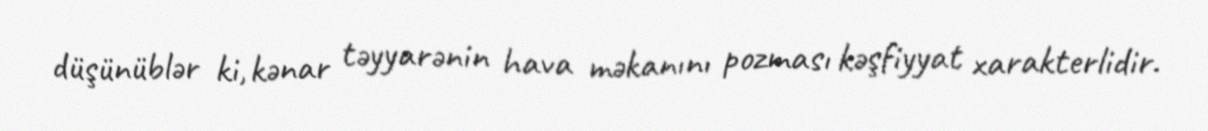
düşünüblər ki, kənar təyyarənin hava məkanını pozması kəşfiyyat xarakterlidir.